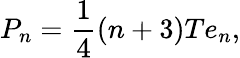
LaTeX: P_{n}={\frac{1}{4}}(n+3)Te_{n},